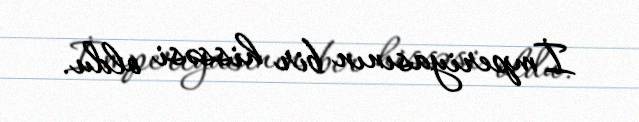
İmperiyasının bir hissəsi oldu.